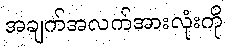
အချက်အလက်အားလုံးကို